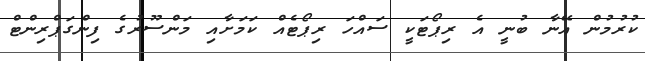
ކުރުމުން އޭނާ ބުނީ އެ ރިޕޯޓަކީ ސައްހަ ރިޕޯޓެއް ކަމަށާއި މަންސޫރުގެ ފިންގަޕްރިންޓް